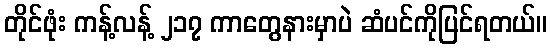
တိုင်ဖုံး ကန့်လန့် ၂၁၇ ကာတွေနားမှာပဲ ဆံပင်ကိုပြင်ရတယ်။